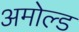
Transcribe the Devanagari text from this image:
अमोल्ड